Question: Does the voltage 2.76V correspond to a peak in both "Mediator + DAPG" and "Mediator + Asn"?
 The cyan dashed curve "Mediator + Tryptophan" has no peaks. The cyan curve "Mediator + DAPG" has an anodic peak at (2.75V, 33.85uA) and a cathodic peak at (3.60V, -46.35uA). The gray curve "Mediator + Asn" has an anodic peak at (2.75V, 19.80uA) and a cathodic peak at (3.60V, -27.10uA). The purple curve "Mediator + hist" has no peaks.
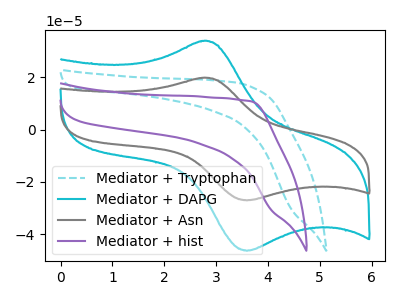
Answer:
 <answer>Yes, "Mediator + DAPG" and "Mediator + Asn" share a peak at 2.76V.</answer>
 <eval>match</eval>